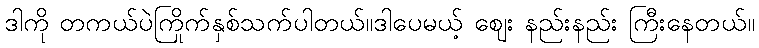
ဒါကို တကယ်ပဲကြိုက်နှစ်သက်ပါတယ်။ဒါပေမယ့် ဈေး နည်းနည်း ကြီးနေတယ်။